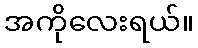
အကိုလေးရယ်။